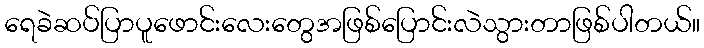
ရေခဲဆပ်ပြာပူဖောင်းလေးတွေအဖြစ်ပြောင်းလဲသွားတာဖြစ်ပါတယ်။